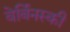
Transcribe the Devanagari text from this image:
वेर्बिनस्की